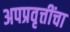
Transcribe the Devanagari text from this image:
अपप्रवृत्तींचा